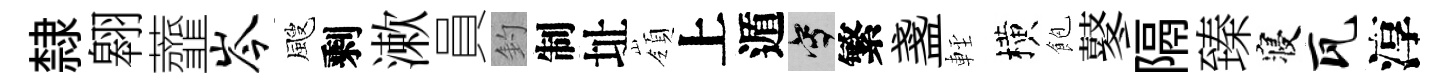
隸翱虀岑颼剩漱員釣制址嶺上遁寫繁盞䡖横飽鼕隔臻寝瓦淳